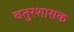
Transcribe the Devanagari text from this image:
चतुरशासक